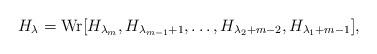
LaTeX: \begin{gather*}H_{\lambda}=\operatorname{Wr}[H_{\lambda_m},H_{\lambda_{m-1}+1},\dots,H_{\lambda_2+m-2},H_{\lambda_1+m-1}],\end{gather*}